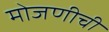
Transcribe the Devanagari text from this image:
मोजणीची